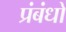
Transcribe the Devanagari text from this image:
प्रंबंधो